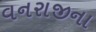
વનરાજીના